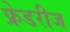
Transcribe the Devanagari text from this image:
फ्रेडरीज